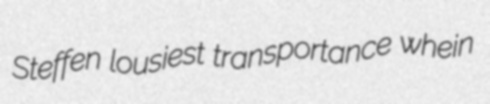
Steffen lousiest transportance whein